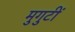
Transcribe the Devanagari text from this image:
मुगुटीं